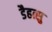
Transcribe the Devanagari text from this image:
डैहत्सु